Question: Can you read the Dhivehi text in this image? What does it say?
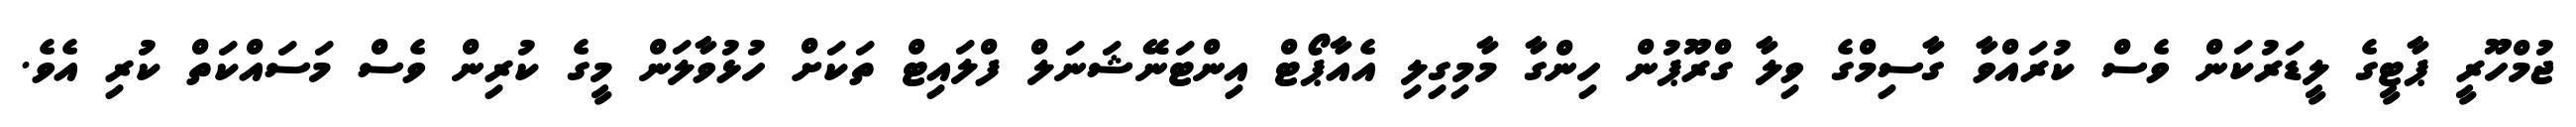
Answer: ޖުމްހޫރީ ޕާޓީގެ ލީޑަރުކަން ވެސް ކުރައްވާ ގާސިމްގެ ވިލާ ގްރޫޕުން ހިންގާ މާމިގިލި އެއާޕޯޓް އިންޓަނޭޝަނަލް ފްލައިޓް ތަކަށް ހުޅުވާލަން މީގެ ކުރިން ވެސް މަސައްކަތް ކުރި އެވެ.